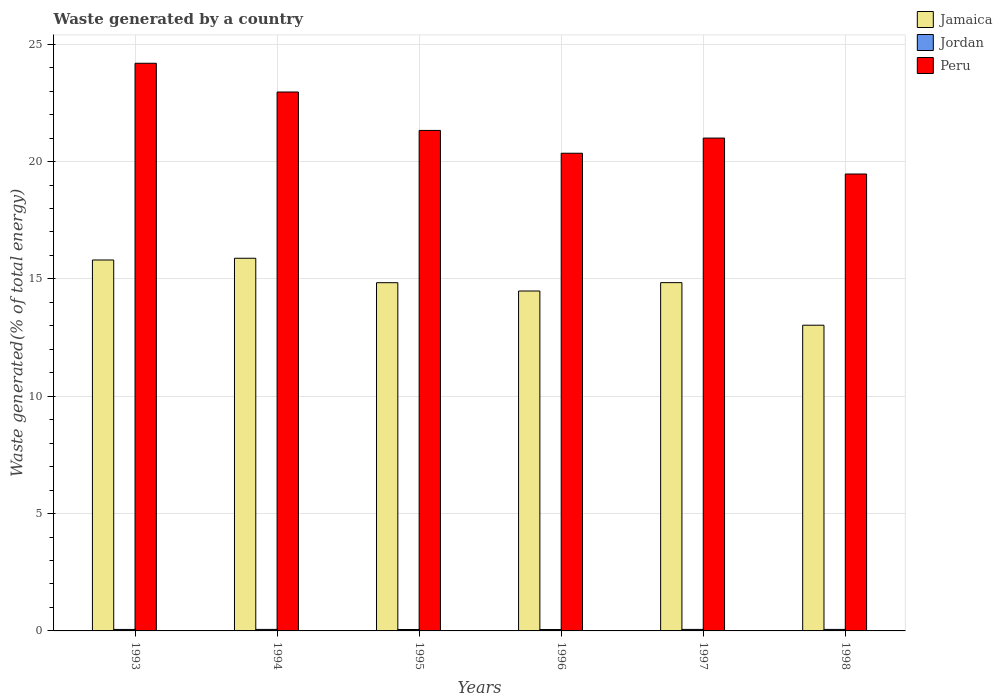
| Years | Jamaica | Jordan | Peru |
 | --- | --- | --- | --- |
 | 1993 | 15.8 | 0.0626 | 24.2 |
 | 1994 | 15.9 | 0.0644 | 23 |
 | 1995 | 14.8 | 0.0604 | 21.3 |
 | 1996 | 14.5 | 0.0589 | 20.4 |
 | 1997 | 14.8 | 0.0645 | 21 |
 | 1998 | 13 | 0.0639 | 19.5 |